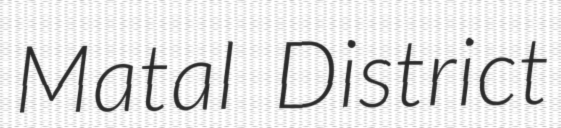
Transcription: Matal District